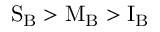
\mathrm { S _ { B } > M _ { B } > I _ { B } }